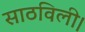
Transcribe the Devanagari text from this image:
साठविली।